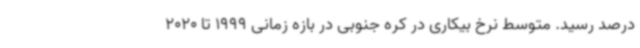
درصد رسید. متوسط نرخ بیکاری در کره جنوبی در بازه زمانی 1999 تا 2020